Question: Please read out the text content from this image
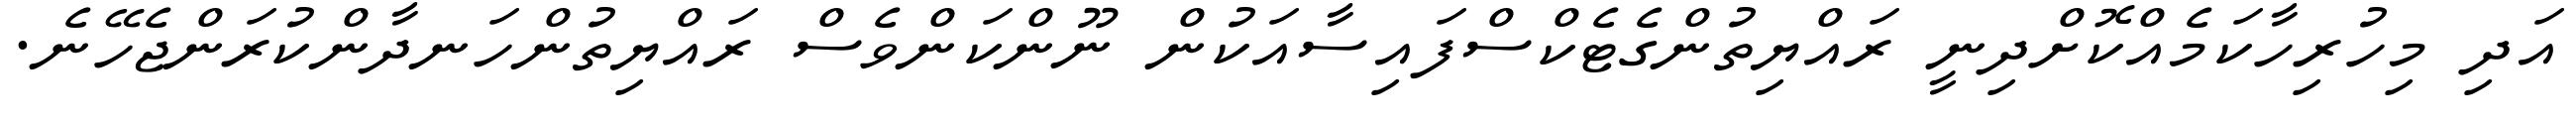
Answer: އަދި މިހުރިހާކަމެއްކޮށްދިނީ ރައްޔިތުންގެޓެކްސްފައިސާއަކުން ނޫންކަންވެސް ރައްޔިތުންހަނދާންކުރަންޖެހޭނެ.